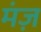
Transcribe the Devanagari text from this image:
मंज़